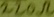
Text: 220Ω